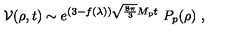
{ \cal V } ( \rho , t ) \sim e ^ { ( 3 - f ( \lambda ) ) \sqrt { \frac { 8 \pi } { 3 } } M _ { \mathrm { p } } t } \ P _ { p } ( \rho ) \ ,